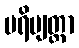
ပရိဗျတ္တာ